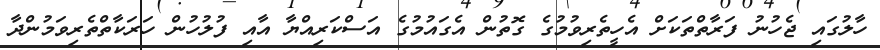
ހާލުގައި ޖެހުނު ފަރާތްތަކަށް އެހީތެރިވުމުގެ ގޮތުން އެގައުމުގެ އަސްކަރިއްޔާ އާއި ފުލުހުން ހަރަކާތްތެރިވަމުންދާ